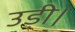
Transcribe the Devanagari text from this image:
उड़ी।